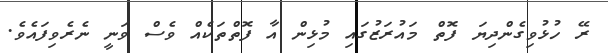
ރޭ ހުޅުވިގެންދިޔަ ފޮތް މައުރަޒުގައި މުޅިން އާ ފޮތްތަކެއް ވެސް ވަނީ ނެރެވިފައެވެ.